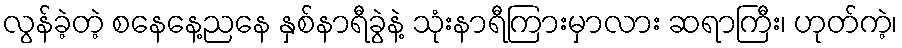
လွန်ခဲ့တဲ့ စနေနေ့ညနေ နှစ်နာရီခွဲနဲ့ သုံးနာရီကြားမှာလား ဆရာကြီး၊ ဟုတ်ကဲ့၊